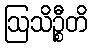
ဩသိဉ္စီတိ